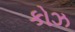
કોઝ